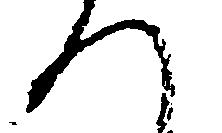
へ